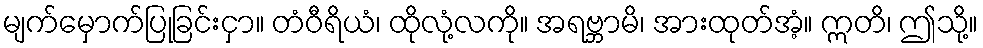
မျက်မှောက်ပြုခြင်းငှာ။ တံဝီရိယံ၊ ထိုလုံ့လကို။ အရဗ္ဘာမိ၊ အားထုတ်အံ့။ ဣတိ၊ ဤသို့။